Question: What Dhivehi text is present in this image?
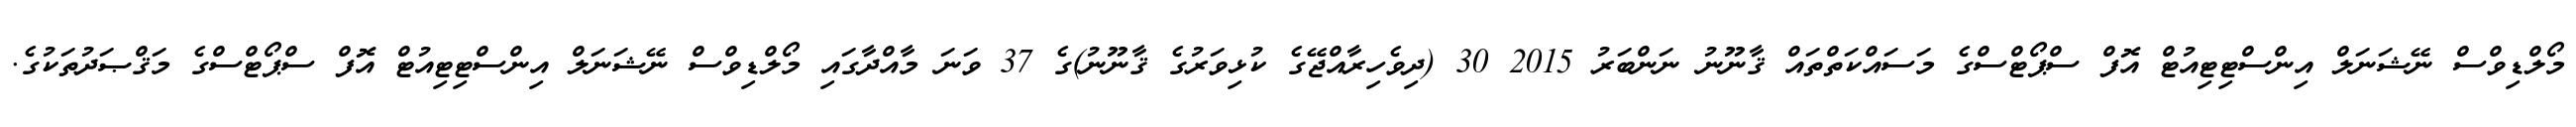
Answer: މޯލްޑިވްސް ނޭޝަނަލް އިންސްޓިޓިއުޓް އޮފް ސްޕޯޓްސްގެ މަސައްކަތްތައް ޤާނޫނު ނަންބަރު 2015 30 (ދިވެހިރާއްޖޭގެ ކުޅިވަރުގެ ޤާނޫނު)ގެ 37 ވަނަ މާއްދާގައި މޯލްޑިވްސް ނޭޝަނަލް އިންސްޓިޓިއުޓް އޮފް ސްޕޯޓްސްގެ މަޤްޞަދުތަކުގެ.